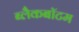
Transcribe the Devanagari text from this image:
ब्लैकबॉटम